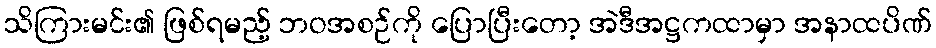
သိကြားမင်း၏ ဖြစ်ရမည့် ဘဝအစဉ်ကို ပြောပြီးတော့ အဲဒီအဋ္ဌကထာမှာ အနာထပိဏ်